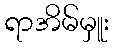
ရာအိမ်မှူး